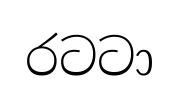
රටටා